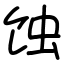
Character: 蚀